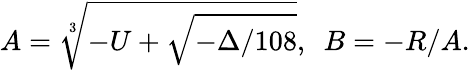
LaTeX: A=\sqrt[3]{-U+\sqrt{-\Delta/108}},~~B=-R/A.